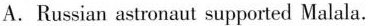
A.Russian astronaut supported Malala.